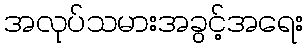
အလုပ်သမားအခွင့်အရေး